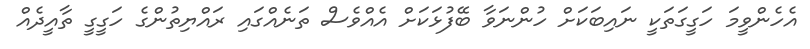
އެހެންވީމަ ހަގީގަތަކީ ނައިބަކަށް ހުންނަވާ ބޭފުޅަކަށް އެއްވެސް ތަނެއްގައި ރައްޔިތުންގެ ހަގީގީ ތާއީދެއް